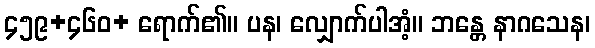
၄၅၉+၄၆၀+ ရောက်၏။ ပန၊ လျှောက်ပါအံ့။ ဘန္တေ နာဂသေန၊